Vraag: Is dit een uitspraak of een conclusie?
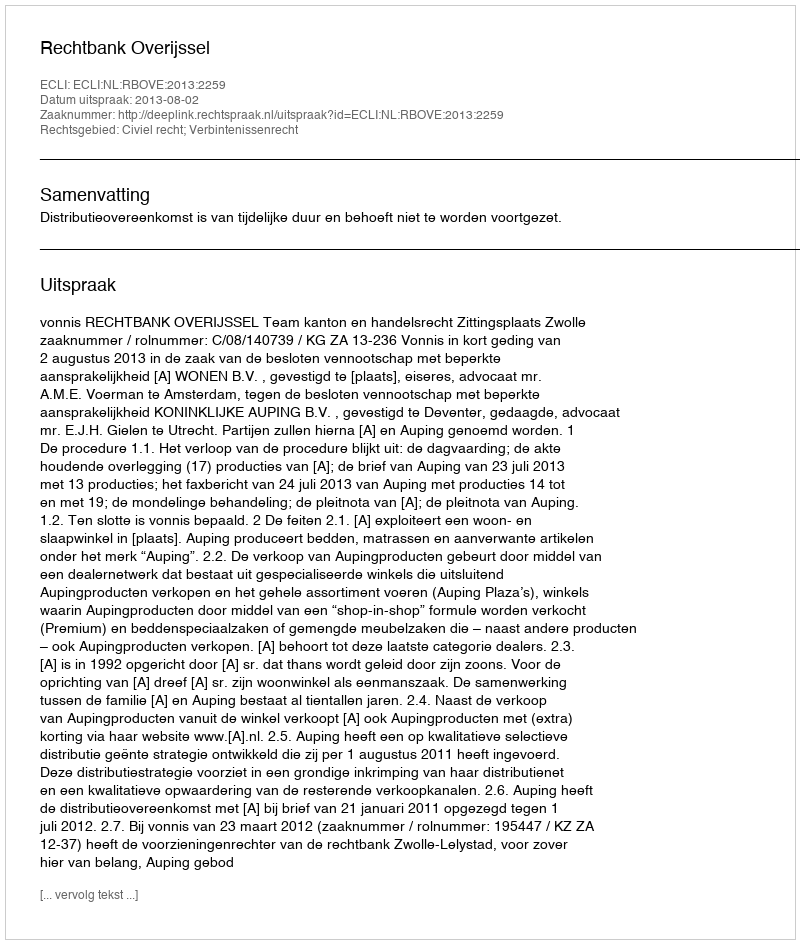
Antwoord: Uitspraak